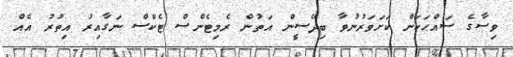
ވިސާގެ ސައްޙަކަން ކަށަވަރުނުވާ ބިދޭސީން އަތުން ރެމިޓެންސް ޓެކްސް ނަގާއިރު އިތުރު އެއް